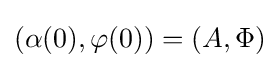
(\alpha (0),\varphi (0))=(A,\Phi )